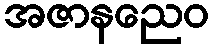
အဇာနညေဝ